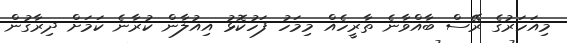
މިއަހަރުގެ ރޭސް ބާއްވާނެ ތާރީހެއް މިމަހު ފަހުކޮޅު އިއުލާން ކުރާނެ ކަމަށް ދިރާގުން